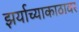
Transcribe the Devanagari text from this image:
झर्याच्याकाठावर